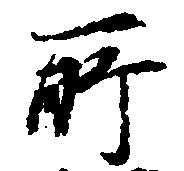
所